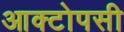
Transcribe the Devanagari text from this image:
आक्टोपसी